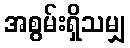
အစွမ်းရှိသမျှ